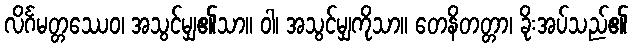
လိင်္ဂမတ္တဿေဝ၊ အသွင်မျှ၏သာ။ ဝါ၊ အသွင်မျှကိုသာ။ တေနိတတ္တာ၊ ခိုးအပ်သည်၏